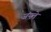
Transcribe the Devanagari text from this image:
जंयते